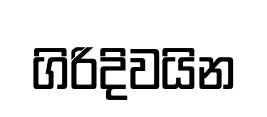
ගිරිදිවයින